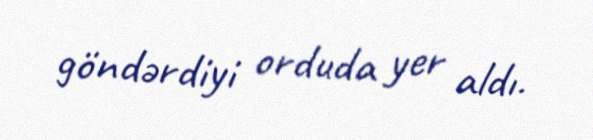
göndərdiyi orduda yer aldı.